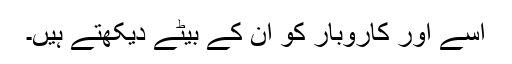
اسے اور کاروبار کو ان کے بیٹے دیکھتے ہیں۔